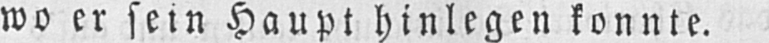
wo er sein Haupt hinlegen konnte.